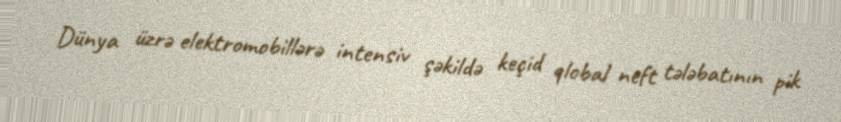
Dünya üzrə elektromobillərə intensiv şəkildə keçid qlobal neft tələbatının pik